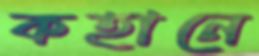
কহানে